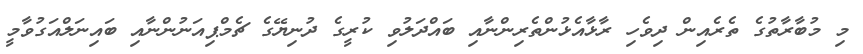
މި މުބާރާތުގެ ތެރެއިން ދިވެހި ރާޅާއެޅުންތެރިންނާއި ބައްދަލުވި ކުރީގެ ދުނިޔޭގެ ޗެމްޕިއަނުންނާއި ބައިނަލްއަގުވާމީ